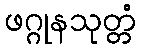
ဖဂ္ဂုနသုတ္တံ